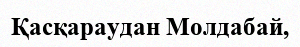
Қасқараудан Молдабай,